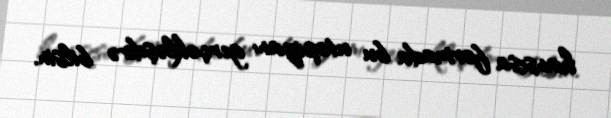
hansısa formada bu utopiyanı gerçəkləşdirə bilsin.